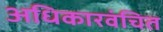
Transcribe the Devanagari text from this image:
अधिकारवंचित